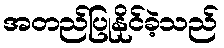
အတည်ပြုနိုင်ခဲ့သည်